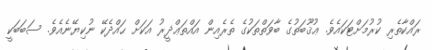
ރައްކާތެރި ކުރުމަށްޓަކައެވެ. ޢުޤޫބަތުގެ ބާވަތްތަކުގެ ތެރެއިން އައްތަޢްޛީރު އަކަށް ޙައްދެކޭ ނުކިޔޭނެއެވެ. ސަބަބަކީ